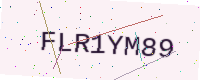
Text: FLR1YM89